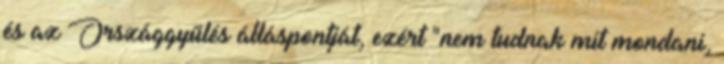
és az Országgyűlés álláspontját, ezért "nem tudnak mit mondani,